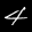
Label: 4